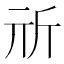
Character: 𣂕